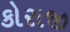
કોરાજી